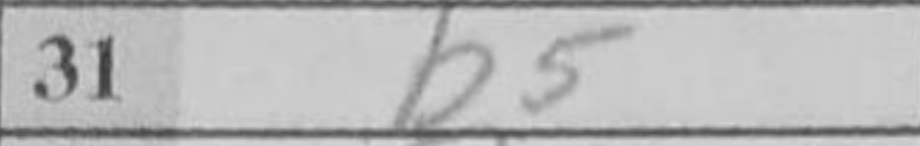
Transcription: b5